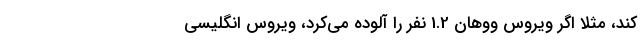
کند، مثلاً اگر ویروس ووهان 1.2 نفر را آلوده می‌کرد، ویروس انگلیسی